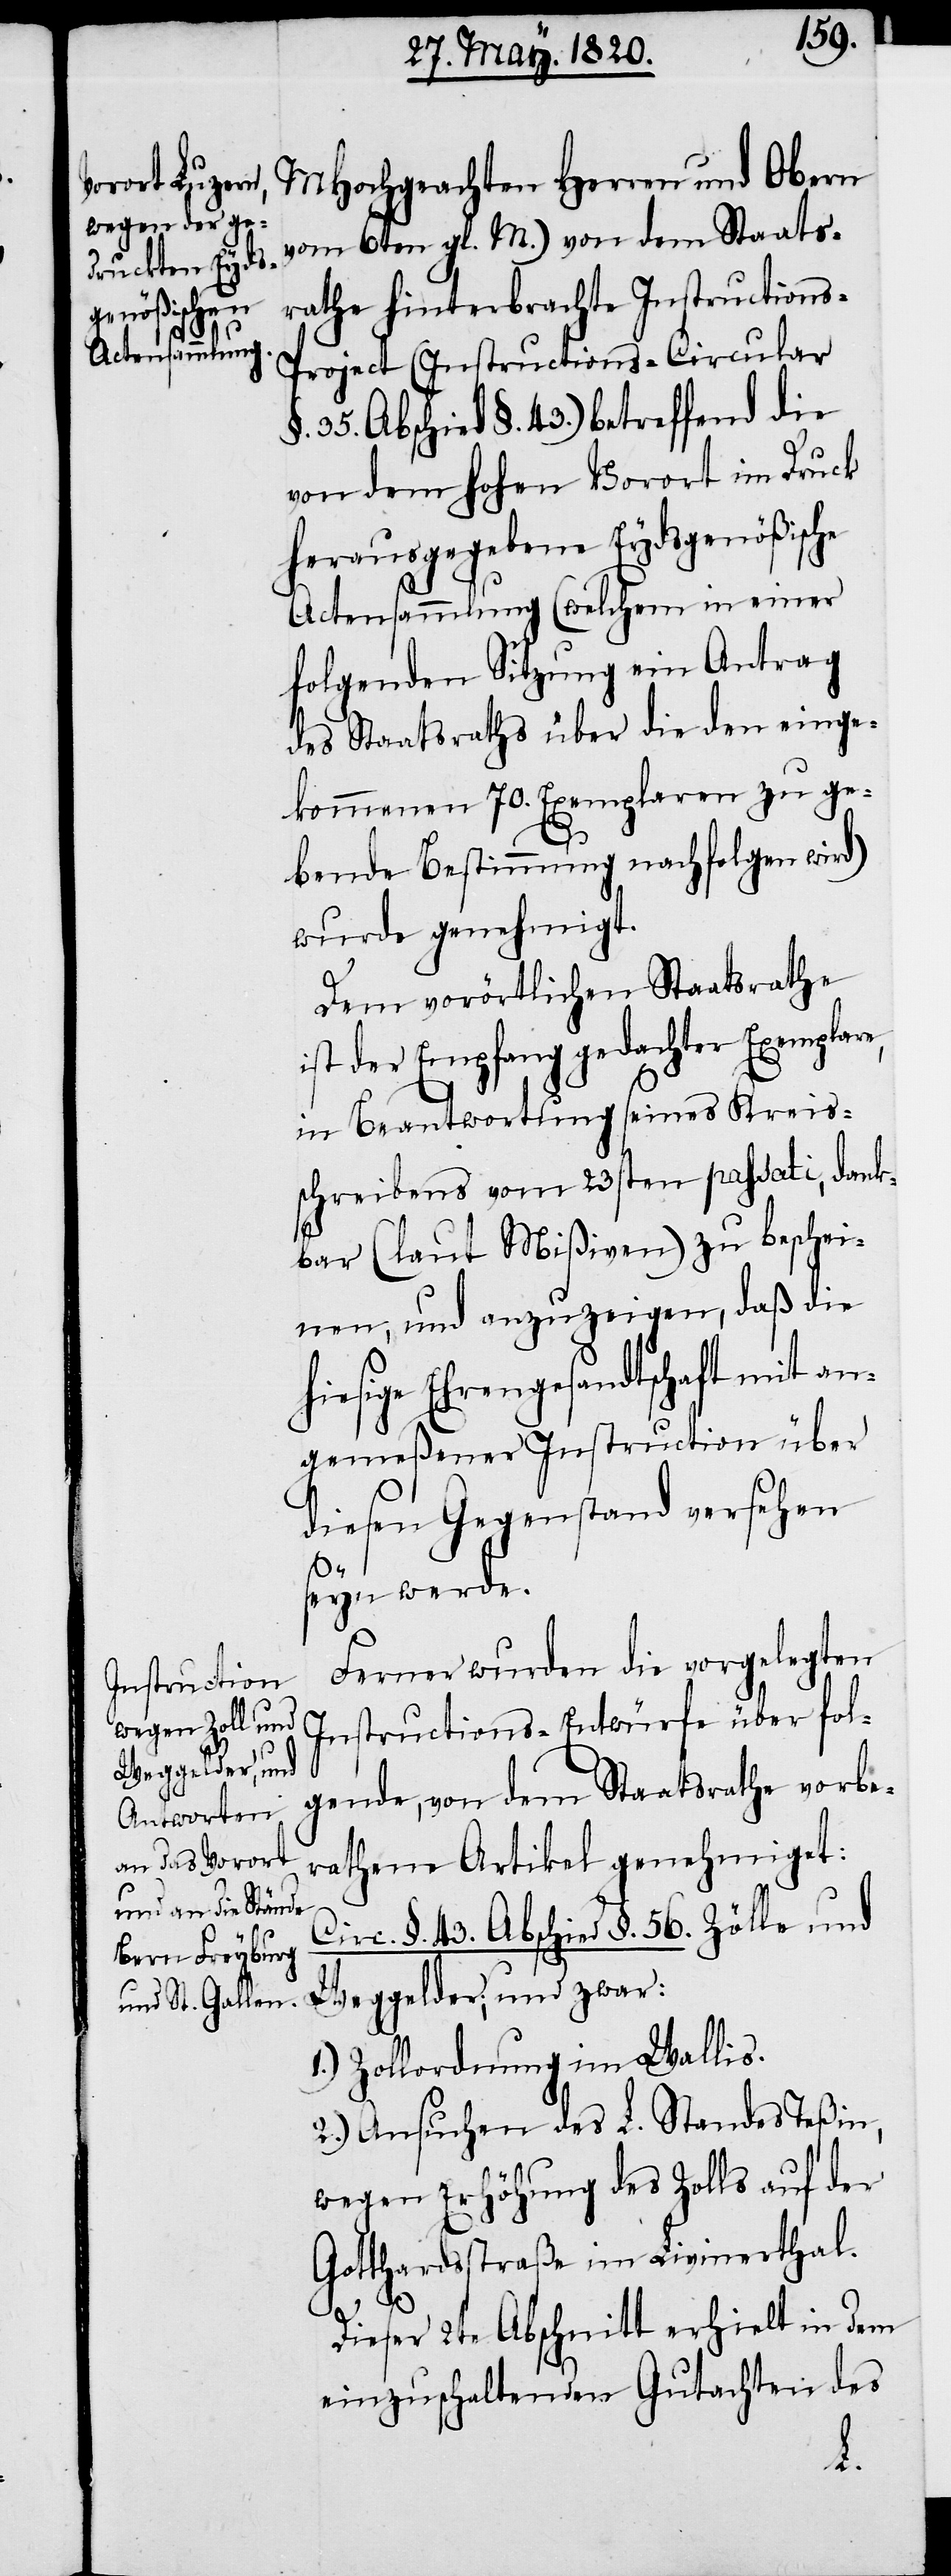
MHochgeachten Herren und Obern
vom 6ten gl. M.) von dem Staats¬
rathe hinterbrachte Instructions-P¬
roject (Instructions-Circular
§. 35. Abschied §. 43.) betreffend die
von dem hohen Vorort im Druck
herausgegebene Eydsgenößische
Actensammlung (welchem in einer
folgenden Sitzung ein Antrag
des Staatsraths über die den einge¬
kommenen 70. Exemplaren zu ge¬
e,
bende Bestimmung nachfolgen wird)
wurde genehmigt.
Dem vorörtlichen Staatsrathe
ist der Empfang gedachter Exemplar¬
in Beantwortung seines Kreis¬
schreibens vom 23sten passati, dank¬
bar (laut Mißiven) zu beschei¬
nen, und anzuzeigen, daß die
hiesige Ehrengesandtschaft mit an¬
gemeßener Instruction über
diesen Gegenstand versehen
seyn werde.
Ferner wurden die vorgelegten
Instructions-Entwürfe über fol¬
gende, von dem Staatsrathe vorbe¬
rathene Artikel genehmiget:
Circ. §.43. Abschied §. 56. Zölle und
Weggelder; und zwar:
1.) Zollordnung im Wallis.
2.) Ansuchen des L. Standes Teßin,
wegen Erhöhung des Zolls auf der
Gotthardstraße im Livinerthal.
Dieser 2te Abschnitt erhielt in dem
einzuschaltenden Gutachten des